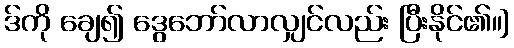
ဒ်ကို ချေ၍ ဒွေဘော်လာလျှင်လည်း ပြီးနိုင်၏။]